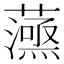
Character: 𧁛